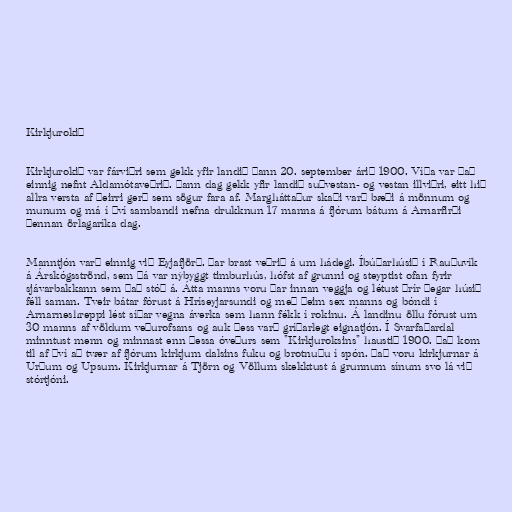
Kirkjurokið

Kirkjurokið var fárviðri sem gekk yfir landið þann 20. september árið 1900. Víða var það
einnig nefnt Aldamótaveðrið. Þann dag gekk yfir landið suðvestan- og vestan illviðri, eitt hið
allra versta af þeirri gerð sem sögur fara af. Margháttaður skaði varð bæði á mönnum og
munum og má í því sambandi nefna drukknun 17 manna á fjórum bátum á Arnarfirði
þennan örlagaríka dag.

Manntjón varð einnig við Eyjafjörð. Þar brast veðrið á um hádegi. Íbúðarhúsið í Rauðuvík
á Árskógsströnd, sem þá var nýbyggt timburhús, hófst af grunni og steyptist ofan fyrir
sjávarbakkann sem það stóð á. Átta manns voru þar innan veggja og létust þrír þegar húsið
féll saman. Tveir bátar fórust á Hríseyjarsundi og með þeim sex manns og bóndi í
Arnarneshreppi lést síðar vegna áverka sem hann fékk í rokinu. Á landinu öllu fórust um
30 manns af völdum veðurofsans og auk þess varð gríðarlegt eignatjón. Í Svarfaðardal
minntust menn og minnast enn þessa óveðurs sem "Kirkjuroksins" haustið 1900. Það kom
til af því að tvær af fjórum kirkjum dalsins fuku og brotnuðu í spón. Það voru kirkjurnar á
Urðum og Upsum. Kirkjurnar á Tjörn og Völlum skekktust á grunnum sínum svo lá við
stórtjóni.